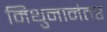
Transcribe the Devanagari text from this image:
मिथुनानंतर